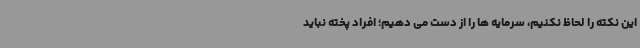
این نکته را لحاظ نکنیم، سرمایه ها را از دست می دهیم؛ افراد پخته نباید